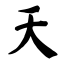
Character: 天